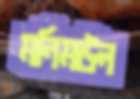
মনিমউল